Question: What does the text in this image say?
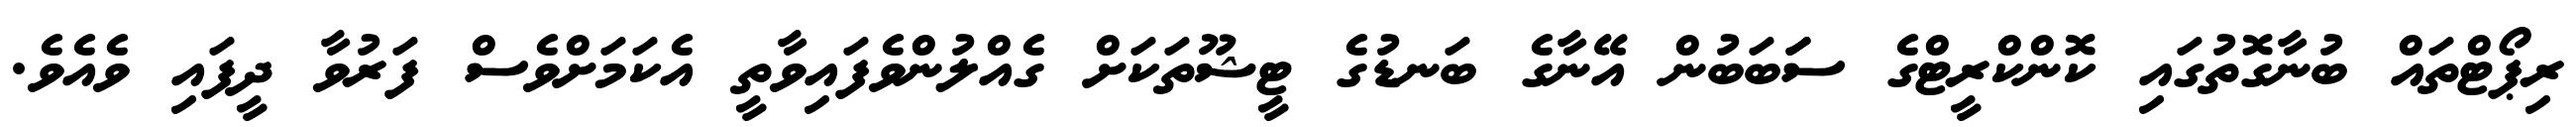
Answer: ރިޕޯޓްތައް ބުނާގޮތުގައި ކޮންކްރީޓްގެ ސަަބަބުން އޭނާގެ ބަނޑުގެ ޓީޝޫތަކަށް ގެއްލުންވެފައިވާތީ އެކަމަށްވެސް ފަރުވާ ދީފައި ވެއެވެ.